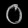
Digit: ၀